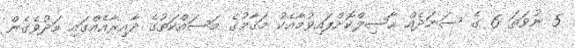
5 ނުވަތަ 6 ގެ ސަނަދެއް ޙާޞިލްކޮށްފައިވުމާއެކު މަޤާމުގެ މަސައްކަތުގެ ދާއިރާއެއްގައި މަދުވެގެން